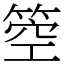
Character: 箜